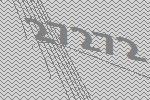
27272